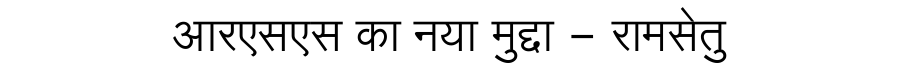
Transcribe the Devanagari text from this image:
आरएसएस का नया मुद्दा - रामसेतु